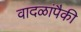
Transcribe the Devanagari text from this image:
वादळांपैकी